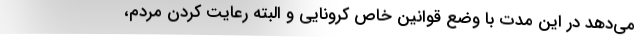
می‌دهد در این مدت با وضع قوانین خاص کرونایی و البته رعایت کردن مردم،